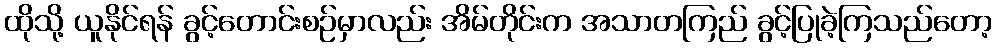
ထိုသို့ ယူနိုင်ရန် ခွင့်တောင်းစဉ်မှာလည်း အိမ်တိုင်းက အသာတကြည် ခွင့်ပြုခဲ့ကြသည်တော့